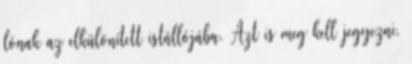
lónak az elkülönített istállójába. Azt is meg kell jegyezni,